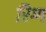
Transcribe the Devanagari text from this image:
रिग्ग